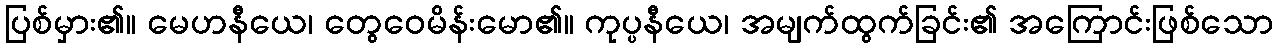
ပြစ်မှား၏။ မေဟနီယေ၊ တွေဝေမိန်းမော၏။ ကုပ္ပနီယေ၊ အမျက်ထွက်ခြင်း၏ အကြောင်းဖြစ်သော